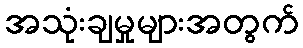
အသုံးချမှုများအတွက်